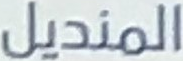
المنديل